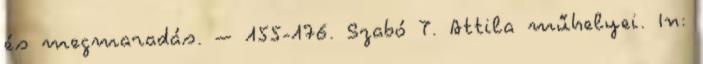
és megmaradás. – 155-176. Szabó T. Attila műhelyei. In: